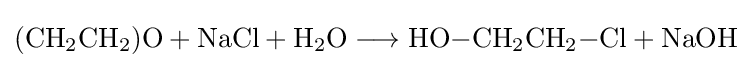
{(\mathrm {CH} {\vphantom {A}}_{\smash[{t}]{2}}\mathrm {CH} {\vphantom {A}}_{\smash[{t}]{2}})\mathrm {O} {}+{}\mathrm {NaCl} {}+{}\mathrm {H} {\vphantom {A}}_{\smash[{t}]{2}}\mathrm {O} {}\mathrel {\longrightarrow } {}\mathrm {HO} {-}\mathrm {CH} {\vphantom {A}}_{\smash[{t}]{2}}\mathrm {CH} {\vphantom {A}}_{\smash[{t}]{2}}{-}\mathrm {Cl} {}+{}\mathrm {NaOH} }